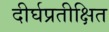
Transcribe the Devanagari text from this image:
दीर्घप्रतीक्षित